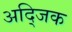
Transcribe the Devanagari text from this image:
अद्जिक